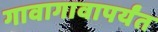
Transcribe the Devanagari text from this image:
गावागावापर्यंत